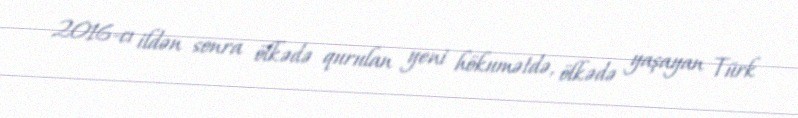
2016-cı ildən sonra ölkədə qurulan yeni hökumətdə, ölkədə yaşayan Türk